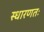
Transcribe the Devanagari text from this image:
स्धारणतः